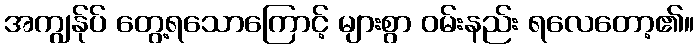
အကျွန်ုပ် တွေ့ရသောကြောင့် များစွာ ဝမ်းနည်း ရလေတော့၏။